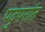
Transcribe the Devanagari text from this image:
पदुपरांत